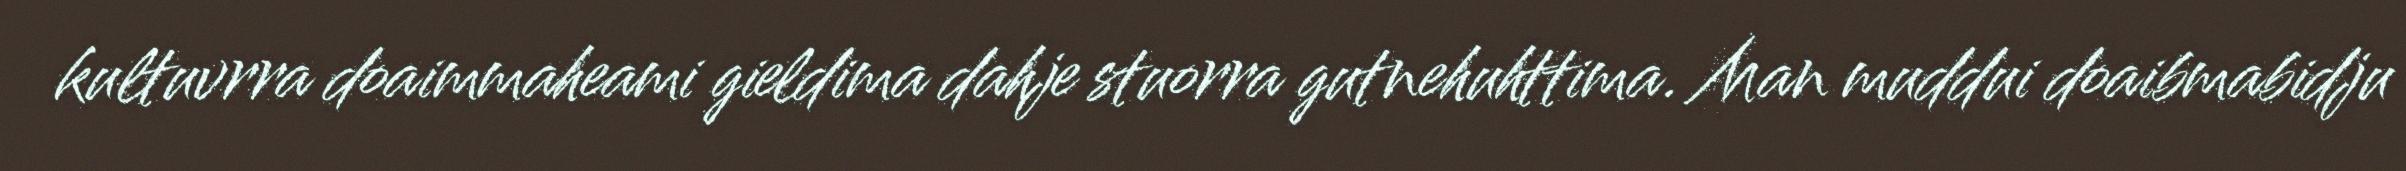
kultuvrra doaimmaheami gieldima dahje stuorra gutnehuhttima. Man muddui doaibmabidju